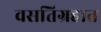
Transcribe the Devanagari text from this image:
वसतिग्रहात